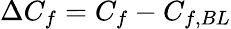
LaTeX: \Delta C_{f}=C_{f}-C_{f,BL}